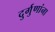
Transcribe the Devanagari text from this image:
दुर्गुणांना